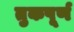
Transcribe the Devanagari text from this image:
तुकपूर्ण